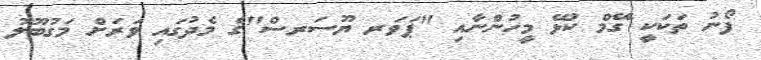
ފޯނު ތަކަކީ ގޭމް ކުޅޭ މީހުންނާއި "ޕަވަރ ޔޫސަރސް"ގެ މެދުގައި ވަރަށް މަގުބޫލު